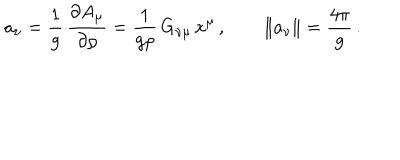
a _ { \nu } = \frac { 1 } { g } \, \frac { \partial A _ { \mu } } { \partial \rho } = \frac { 1 } { g \rho } \, G _ { \nu \mu } \, x ^ { \mu } \, , \qquad \| a _ { \nu } \| = \frac { 4 \pi } { g } \, .